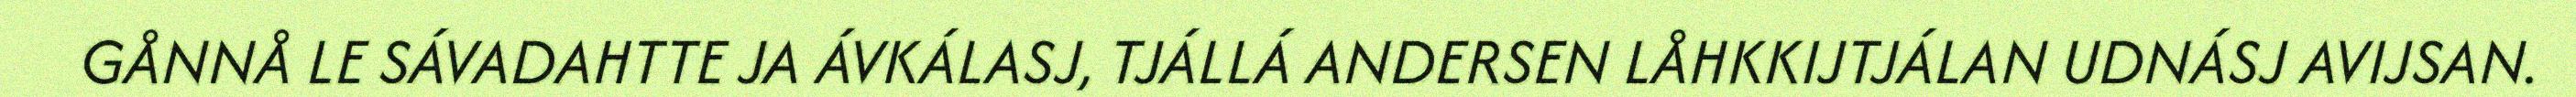
GÅNNÅ LE SÁVADAHTTE JA ÁVKÁLASJ, TJÁLLÁ ANDERSEN LÅHKKIJTJÁLAN UDNÁSJ AVIJSAN.